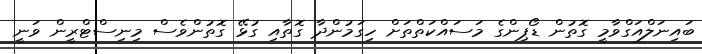
ބައިނަލްއަގްވާމީ ގޮތުން ޑޯޕިންގެ މަސައްކަތްތަށް ހިގަމުންދާ ގޮތާއި ގުޅޭ ގޮތުންވެސް މިނިސްޓްރީން ވަނީ